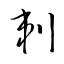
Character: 剌